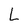
Character: L